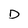
Character: D